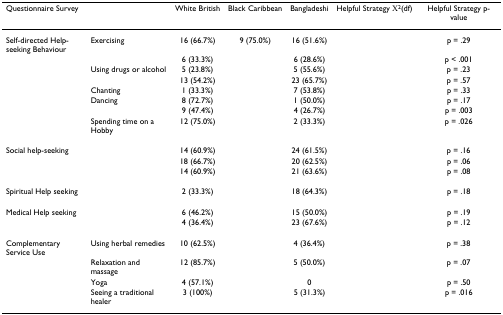
<table><thead><tr><td><b>Questionnaire Survey</b></td><td>[EMPTY_CELL]</td><td><b>White British</b></td><td><b>Black Caribbean</b></td><td><b>Bangladeshi</b></td><td><b>Helpful Strategy Χ<sup>2</sup>(df)</b></td><td><b>Helpful Strategy p-value</b></td></tr></thead><tbody><tr><td>Self-directed Help-seeking Behaviour</td><td>Exercising</td><td>16 (66.7%)</td><td>9 (75.0%)</td><td>16 (51.6%)</td><td>[EMPTY_CELL]</td><td>p = .29</td></tr><tr><td>[EMPTY_CELL]</td><td>[EMPTY_CELL]</td><td>6 (33.3%)</td><td>[EMPTY_CELL]</td><td>6 (28.6%)</td><td>[EMPTY_CELL]</td><td>p &lt; .001</td></tr><tr><td>[EMPTY_CELL]</td><td>Using drugs or alcohol</td><td>5 (23.8%)</td><td>[EMPTY_CELL]</td><td>5 (55.6%)</td><td>[EMPTY_CELL]</td><td>p = .23</td></tr><tr><td>[EMPTY_CELL]</td><td>[EMPTY_CELL]</td><td>13 (54.2%)</td><td>[EMPTY_CELL]</td><td>23 (65.7%)</td><td>[EMPTY_CELL]</td><td>p = .57</td></tr><tr><td>[EMPTY_CELL]</td><td>Chanting</td><td>1 (33.3%)</td><td>[EMPTY_CELL]</td><td>7 (53.8%)</td><td>[EMPTY_CELL]</td><td>p = .33</td></tr><tr><td>[EMPTY_CELL]</td><td>Dancing</td><td>8 (72.7%)</td><td>[EMPTY_CELL]</td><td>1 (50.0%)</td><td>[EMPTY_CELL]</td><td>p = .17</td></tr><tr><td>[EMPTY_CELL]</td><td>[EMPTY_CELL]</td><td>9 (47.4%)</td><td>[EMPTY_CELL]</td><td>4 (26.7%)</td><td>[EMPTY_CELL]</td><td>p = .003</td></tr><tr><td>[EMPTY_CELL]</td><td>Spending time on a Hobby</td><td>12 (75.0%)</td><td>[EMPTY_CELL]</td><td>2 (33.3%)</td><td>[EMPTY_CELL]</td><td>p = .026</td></tr><tr><td>Social help-seeking</td><td>[EMPTY_CELL]</td><td>14 (60.9%)</td><td>[EMPTY_CELL]</td><td>24 (61.5%)</td><td>[EMPTY_CELL]</td><td>p = .16</td></tr><tr><td>[EMPTY_CELL]</td><td>[EMPTY_CELL]</td><td>18 (66.7%)</td><td>[EMPTY_CELL]</td><td>20 (62.5%)</td><td>[EMPTY_CELL]</td><td>p = .06</td></tr><tr><td>[EMPTY_CELL]</td><td>[EMPTY_CELL]</td><td>14 (60.9%)</td><td>[EMPTY_CELL]</td><td>21 (63.6%)</td><td>[EMPTY_CELL]</td><td>p = .08</td></tr><tr><td>Spiritual Help seeking</td><td>[EMPTY_CELL]</td><td>2 (33.3%)</td><td>[EMPTY_CELL]</td><td>18 (64.3%)</td><td>[EMPTY_CELL]</td><td>p = .18</td></tr><tr><td>Medical Help seeking</td><td>[EMPTY_CELL]</td><td>6 (46.2%)</td><td>[EMPTY_CELL]</td><td>15 (50.0%)</td><td>[EMPTY_CELL]</td><td>p = .19</td></tr><tr><td>[EMPTY_CELL]</td><td>[EMPTY_CELL]</td><td>4 (36.4%)</td><td>[EMPTY_CELL]</td><td>23 (67.6%)</td><td>[EMPTY_CELL]</td><td>p = .12</td></tr><tr><td>Complementary Service Use</td><td>Using herbal remedies</td><td>10 (62.5%)</td><td>[EMPTY_CELL]</td><td>4 (36.4%)</td><td>[EMPTY_CELL]</td><td>p = .38</td></tr><tr><td>[EMPTY_CELL]</td><td>Relaxation and massage</td><td>12 (85.7%)</td><td>[EMPTY_CELL]</td><td>5 (50.0%)</td><td>[EMPTY_CELL]</td><td>p = .07</td></tr><tr><td>[EMPTY_CELL]</td><td>Yoga</td><td>4 (57.1%)</td><td>[EMPTY_CELL]</td><td>0</td><td>[EMPTY_CELL]</td><td>p = .50</td></tr><tr><td>[EMPTY_CELL]</td><td>Seeing a traditional healer</td><td>3 (100%)</td><td>[EMPTY_CELL]</td><td>5 (31.3%)</td><td>[EMPTY_CELL]</td><td>p = .016</td></tr></tbody></table>